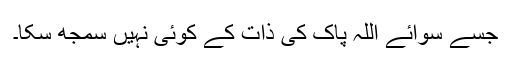
جسے سوائے اللّہ پاک کی ذات کے کوئی نہیں سمجھ سکا۔